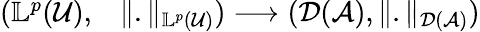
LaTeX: \begin{array}{rl}{(\mathbb{L}^{p}(\mathcal{U}),}&{{}\Vert.\Vert_{\mathbb{L}^{p}(\mathcal{U})})\longrightarrow(\mathcal{D}(\mathcal{A}),\Vert.\Vert_{\mathcal{D}(\mathcal{A})})}\end{array}